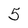
Character: 5